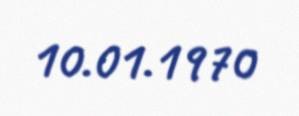
10.01.1970